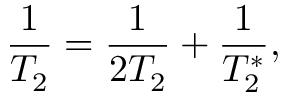
\frac { 1 } { T _ { 2 } } = \frac { 1 } { 2 T _ { 2 } } + \frac { 1 } { T _ { 2 } ^ { * } } ,